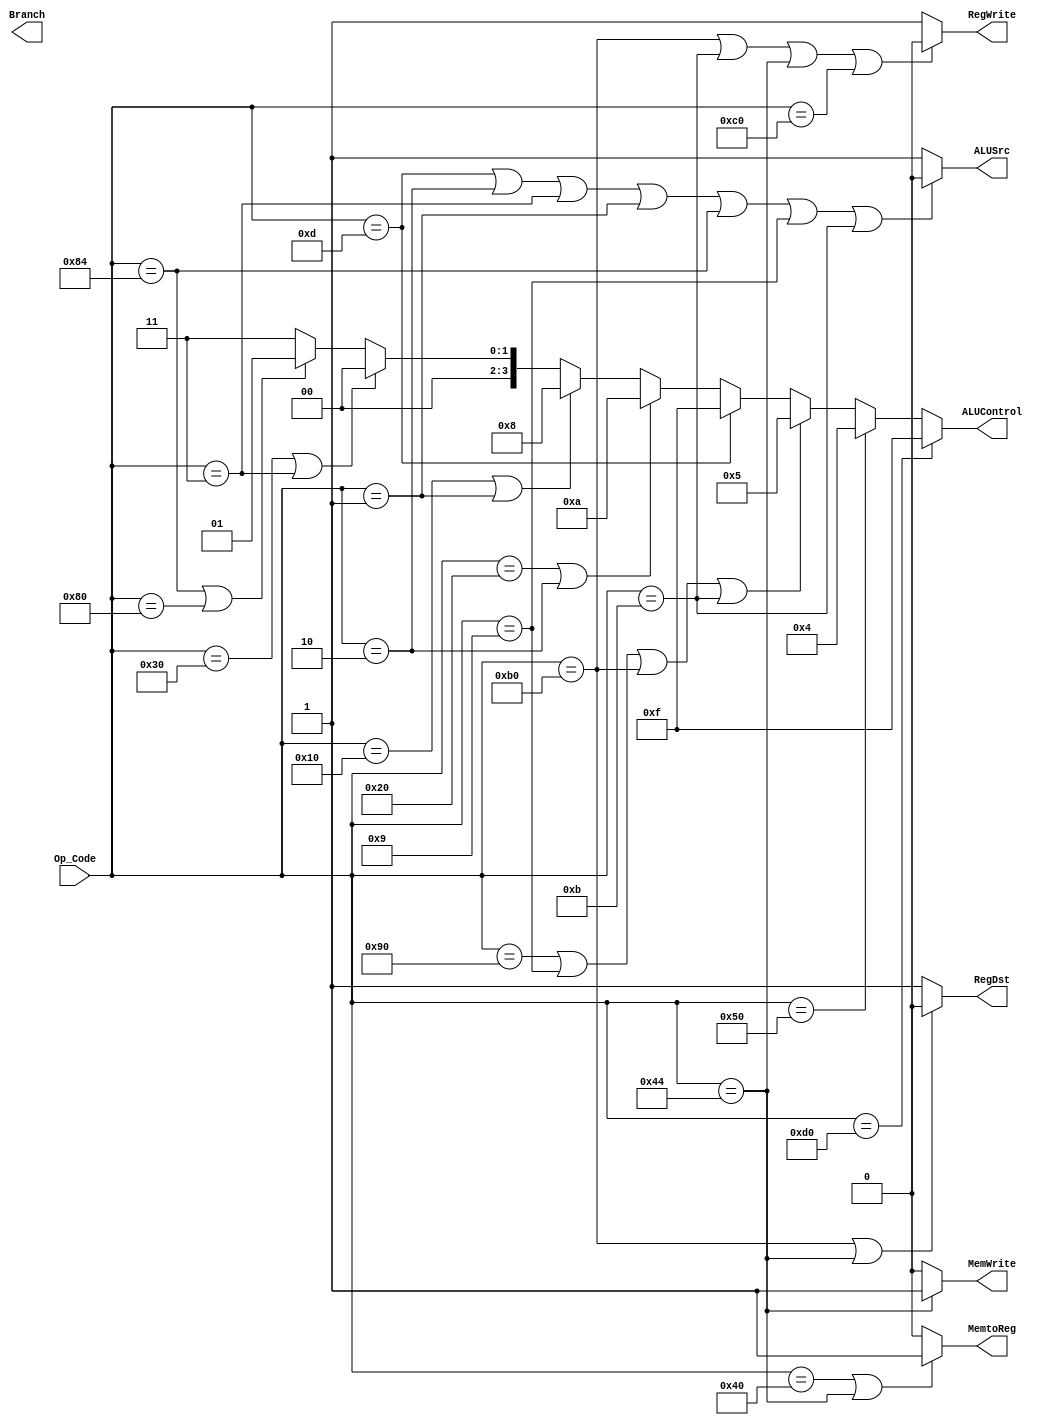
`timescale 1ns / 1ps

module Control_Unit(
    input   [7:0]   Op_Code,
    output          MemtoReg,
    output          MemWrite,
    output          Branch,
    output  [3:0]   ALUControl,
    output          ALUSrc,
    output          RegDst,
    output          RegWrite
);

assign RegWrite = ((Op_Code == 8'b10110000) | (Op_Code == 8'b00001011) |
                   (Op_Code == 8'b01000100) | (Op_Code == 8'b11000000)) ? 1'b0:
                  1'b1;

assign RegDst = ((Op_Code == 8'b10110000) | (Op_Code == 8'b01000100)) ? 1'b0:
                1'b1;

assign ALUSrc = ((Op_Code == 8'b00001101) | (Op_Code == 8'b00000010) | 
                 (Op_Code == 8'b00000011) | (Op_Code == 8'b00000001) |
                 (Op_Code == 8'b10000100) | (Op_Code == 8'b00001001) |
                 (Op_Code == 8'b00001011)) ? 1'b0:
                1'b1;

assign ALUControl = ((Op_Code == 8'b11010000) ) ? 4'b1111:
                     (Op_Code == 8'b01010000)  ? 4'b0100:
                    ((Op_Code == 8'b10010000) | (Op_Code == 8'b00001001) | 
                     (Op_Code == 8'b10110000) | (Op_Code == 8'b00001011)) ? 4'b0101:
                     (Op_Code == 8'b00001101) ? 4'b1111:
                    ((Op_Code == 8'b00100000) | (Op_Code == 8'b00000010)) ? 4'b1010:
                    ((Op_Code == 8'b00010000) | (Op_Code == 8'b00000001)) ? 4'b1000:
                    ((Op_Code == 8'b00110000) | (Op_Code == 8'b00000011)) ? 4'b0000:
                    ((Op_Code == 8'b10000100) | (Op_Code == 8'b10000000)) ? 4'b0001:
                    4'b0011;

assign MemWrite = (Op_Code == 8'b01000100) ? 1'b1:
                  1'b0;

assign MemtoReg = ((Op_Code == 8'b01000000) | (Op_Code == 8'b01000100)) ? 1'b1:
                  1'b0;

//assign MemtoReg =  ((Op_Code == 8'b11010000) | (Op_Code == 8'b01010000) | 
//                    (Op_Code == 8'b10010000) | (Op_Code == 8'b00001101) | 
//                    (Op_Code == 8'b00100000) | (Op_Code == 8'b00010000) |
//                    (Op_Code == 8'b00110000) | (Op_Code == 8'b00000010) |
//                    (Op_Code == 8'b00000011) | (Op_Code == 8'b10000000) |
//                    (Op_Code == 8'b00000001) | (Op_Code == 8'b10000100) |
//                    (Op_Code == 8'b00001001)) ? 1'b0:
//                  1'b1;

//assign MemWrite =  ((Op_Code == 8'b11010000) | (Op_Code == 8'b01010000) | 
//                    (Op_Code == 8'b10010000) | (Op_Code == 8'b00001101) |
//                    (Op_Code == 8'b00100000) | (Op_Code == 8'b00010000) |
//                    (Op_Code == 8'b00110000) | (Op_Code == 8'b00000010) |
//                    (Op_Code == 8'b00000011) | (Op_Code == 8'b10000000) |
//                    (Op_Code == 8'b00000001) | (Op_Code == 8'b10000100) |
//                    (Op_Code == 8'b00001001) | (Op_Code == 8'b01000000)) ? 1'b0:
//                  1'b1;

//assign ALUSrc = ((Op_Code == 8'b11010000) | (Op_Code == 8'b01010000) | 
//                 (Op_Code == 8'b10010000) | (Op_Code == 8'b00100000) |
//                 (Op_Code == 8'b00010000) | (Op_Code == 8'b00110000) |
//                 (Op_Code == 8'b10000000)) ? 1'b1:
//                1'b0;

//assign ALUControl = ((Op_Code == 8'b11010000) | (Op_Code == 8'b10000000)) ? 4'b1111:
//                     (Op_Code == 8'b01010000) ? 4'b0100:
//                     ((Op_Code == 8'b10010000) | (Op_Code == 8'b00001001)) ? 4'b0101:
//                     (Op_Code == 8'b00001101) ? 4'b1111:
//                     ((Op_Code == 8'b00100000) | (Op_Code == 8'b00000010)) ? 4'b1010:
//                     ((Op_Code == 8'b00010000) | (Op_Code == 8'b00000011) | (Op_Code == 8'b00000001)) ? 4'b1000:
//                     (Op_Code == 8'b00110000) ? 4'b0000:
//                     (Op_Code == 8'b10000100) ? 4'b0001:
//                    1'b1;

//assign RegDst = ((Op_Code == 8'b11010000) | (Op_Code == 8'b00001101) |
//                 (Op_Code == 8'b01010000) | (Op_Code == 8'b10000000) |
//                 (Op_Code == 8'b10000100) | (Op_Code == 8'b01000000) |
//                 (Op_Code == 8'b10010000) | (Op_Code == 8'b00100000) |
//                 (Op_Code == 8'b00010000) | (Op_Code == 8'b00110000) |
//                 (Op_Code == 8'b00000010)) ? 1'b1:
//                  1'b0;

//assign RegWrite = ((Op_Code == 8'b11010000) | (Op_Code == 8'b00001101) |
//                   (Op_Code == 8'b01010000) | (Op_Code == 8'b10000000) |
//                   (Op_Code == 8'b10000100) | (Op_Code == 8'b01000000) |
//                   (Op_Code == 8'b10010000) | (Op_Code == 8'b00100000) |
//                   (Op_Code == 8'b00010000) | (Op_Code == 8'b00110000) |
//                   (Op_Code == 8'b00000010)) ? 1'b1:
//                  1'b0;

endmodule